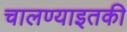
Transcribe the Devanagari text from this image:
चालण्याइतकी